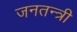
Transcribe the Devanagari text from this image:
जनतन्त्री